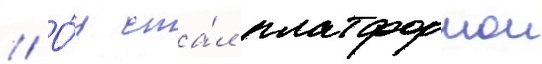
// О́н ста́л платформои